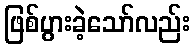
ဖြစ်ပွားခဲ့သော်လည်း